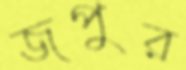
জপুর